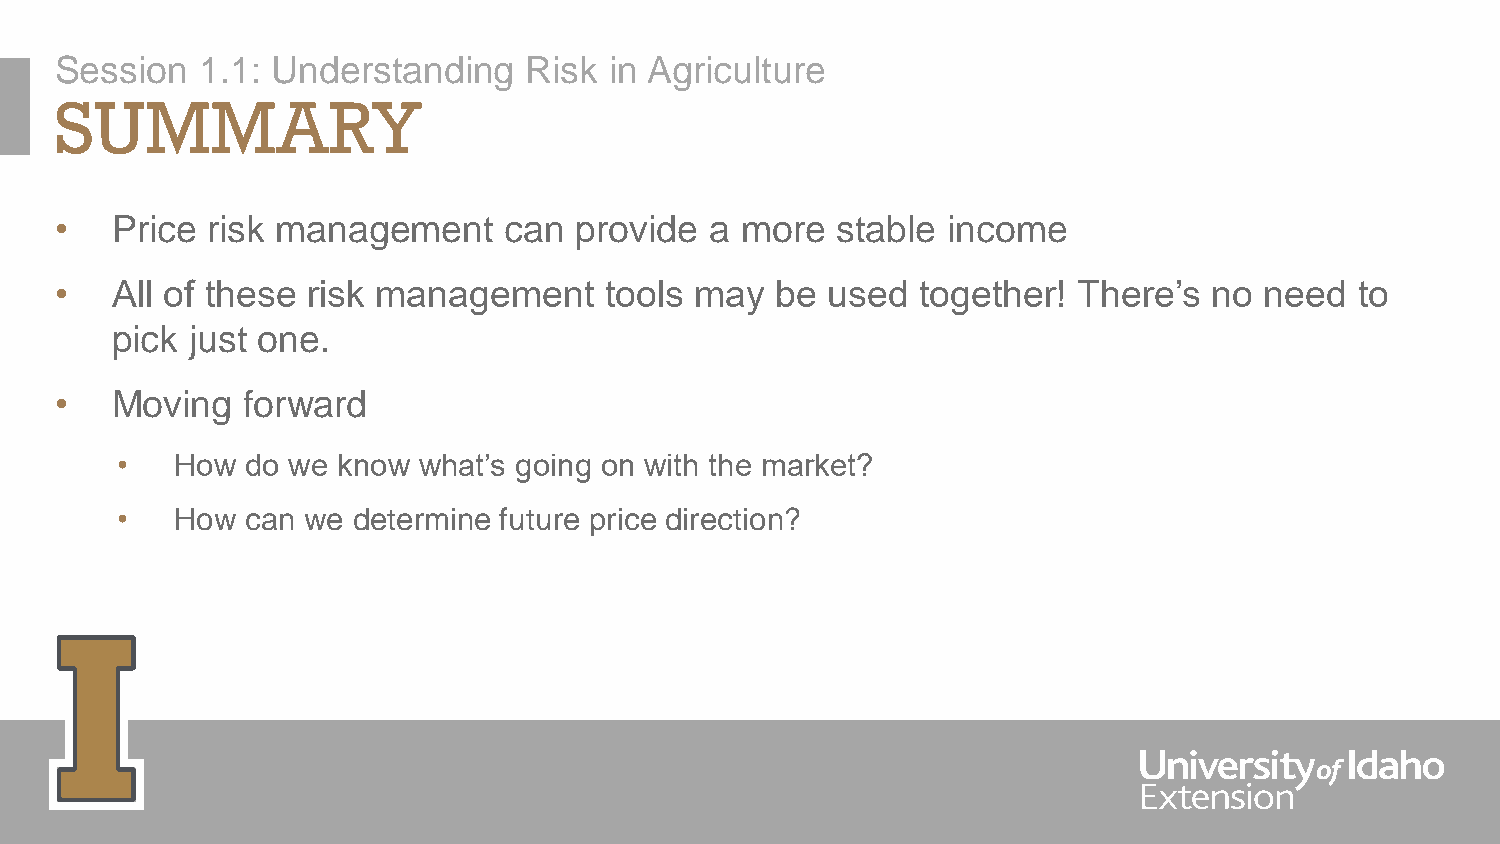
Session  1.1: Understanding    Risk in Agriculture
 SUMMARY
 •  Price  risk management    can  provide  a more  stable  income
 •  All of these risk management     tools may  be  used  together! There’s  no  need  to
 pick just one.
 •  Moving   forward
 •   How do we know  what’s going on with the market?
 •   How can we determine future price direction?